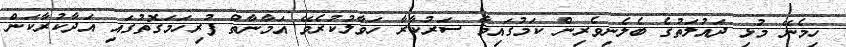
ހިމެނޭ މުޅި ދައުލަތުގެ ބެލެނިވެރިން ކަމުގައިވާ ސަރުކާރާ ހަވާލުކުރެވޭ އަމާނާތް ފުރިހަމަގޮތުގައި އަދާކުރާކަން